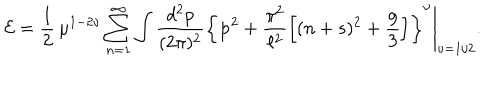
LaTeX: { \cal E } = \frac { 1 } { 2 } \, \mu ^ { 1 - 2 \nu } \sum _ { n = 1 } ^ { \infty } \int \frac { d ^ { 2 } p } { ( 2 \pi ) ^ { 2 } } \left\{ { \bf p } ^ { 2 } + \frac { \pi ^ { 2 } } { \ell ^ { 2 } } \left[ ( n + s ) ^ { 2 } + \frac { g } { 3 } \right] \right\} ^ { \nu } \Bigg | _ { \nu = 1 / 2 } .